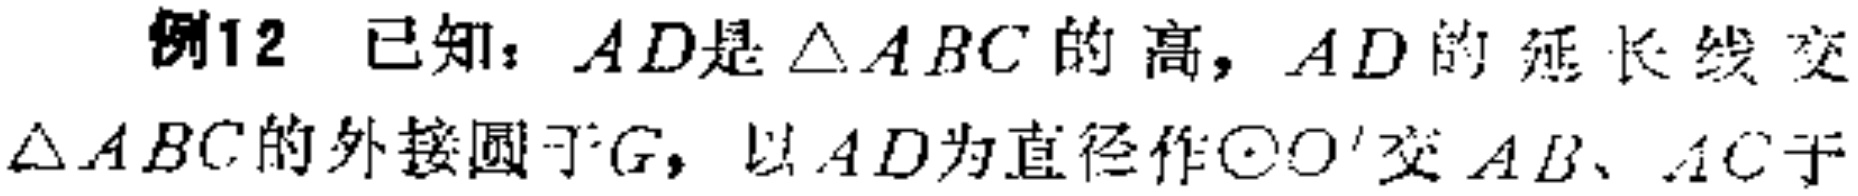
例12 已知：$AD$是$\triangle ABC$的高，$AD$的延长线交$\triangle ABC$的外接圆于$G$，以$AD$为直径作$\odot O'$交$AB$、$AC$于